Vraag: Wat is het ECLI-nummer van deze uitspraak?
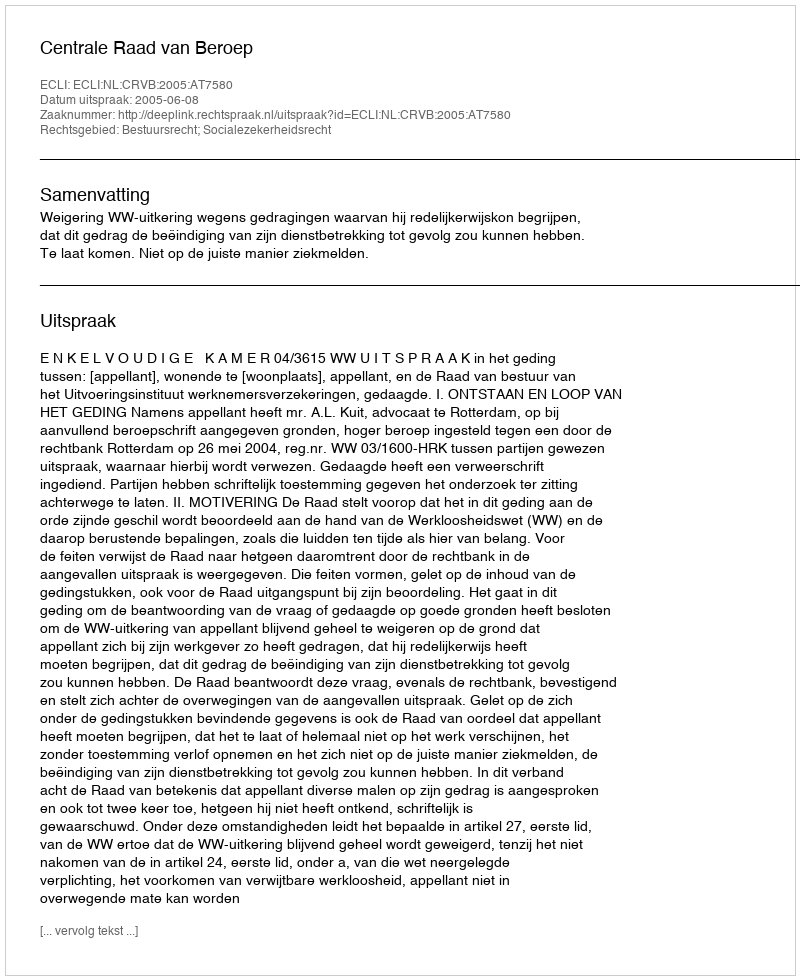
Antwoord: ECLI:NL:CRVB:2005:AT7580